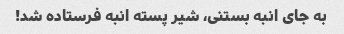
به جای انبه بستنی، شیر پسته انبه فرستاده شد!